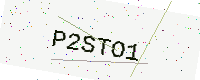
Text: P2STO1